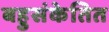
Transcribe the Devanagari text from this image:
बहुसंकेतित